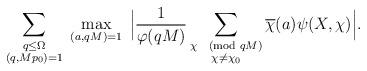
LaTeX: \begin{align*}\sum_{\substack{q\leq\Omega\\(q,Mp_0)=1}}\;\max_{(a,qM)=1}\;\Big\lvert\frac{1}{\varphi(qM)}\sum_{\substack{\chi\pmod{qM}\\\chi\neq\chi_0}}\overline{\chi}(a)\psi(X,\chi)\Big\rvert.\end{align*}